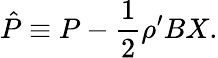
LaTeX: \hat{P}\equiv P-\frac{1}{2}\rho^{\prime}BX.